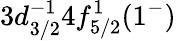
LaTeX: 3d_{3/2}^{-1}4f_{5/2}^{1}(1^{-})